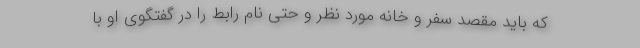
که باید مقصد سفر و خانه مورد نظر و حتی نام رابط را در گفتگوی او با